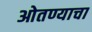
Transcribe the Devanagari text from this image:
ओतण्याचा